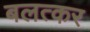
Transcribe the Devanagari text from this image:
बलत्कर